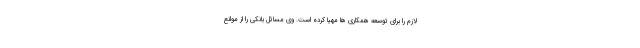
لازم را برای توسعه همکاری ها مهیا کرده است. وی مسائل بانکی را از موانع